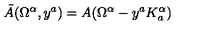
\tilde { A } ( \Omega ^ { \alpha } , y ^ { a } ) = A ( \Omega ^ { \alpha } - y ^ { a } K _ { a } ^ { \alpha } )